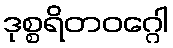
ဒုစ္စရိတဝဂ္ဂေါ